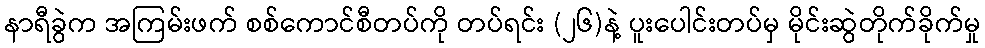
နာရီခွဲက အကြမ်းဖက် စစ်ကောင်စီတပ်ကို တပ်ရင်း (၂၆)နဲ့ ပူးပေါင်းတပ်မှ မိုင်းဆွဲတိုက်ခိုက်မှု